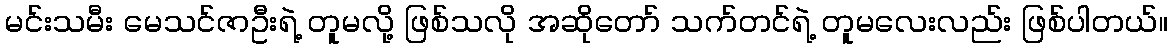
မင်းသမီး မေသင်ဇာဦးရဲ့ တူမလို့ ဖြစ်သလို အဆိုတော် သက်တင်ရဲ့ တူမလေးလည်း ဖြစ်ပါတယ်။